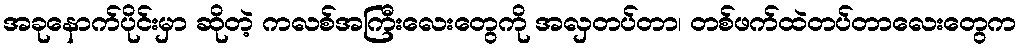
အခုနောက်ပိုင်းမှာ ဆိုတဲ့ ကလစ်အကြီးလေးတွေကို အလှတပ်တာ၊ တစ်ဖက်ထဲတပ်တာလေးတွေက